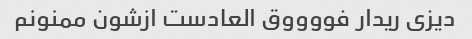
دیزی ریدار فووووق العادست ازشون ممنونم